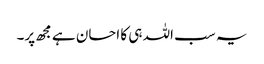
یہ سب اللہ ہی کا احسان ہے مجھ پر۔